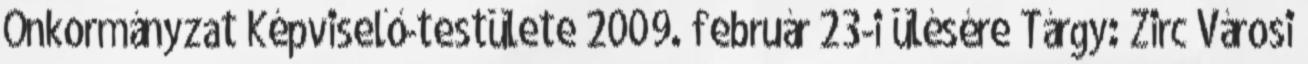
Önkormányzat Képviselő-testülete 2009. február 23-i ülésére Tárgy: Zirc Városi